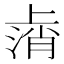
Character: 𫠸